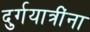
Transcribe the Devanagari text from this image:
दुर्गयात्रींना